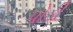
પોડી